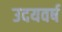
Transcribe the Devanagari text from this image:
उदयवर्ष